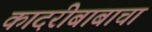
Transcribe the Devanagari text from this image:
कादरीबाबाचा